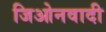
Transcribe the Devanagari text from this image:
जिओनवादी